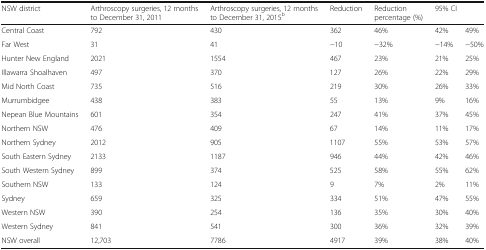
| NSW district | Arthroscopy surgeries, 12 months to December 31, 2011 | Arthroscopy surgeries, 12 months to December 31, 2015b | Reduction | Reduction percentage (%) | <COLSPAN=2> 95% CI |
 | --- | --- | --- | --- | --- | --- | --- |
 | Central Coast | 792 | 430 | 362 | 46% | 42% | 49% |
 | Far West | 31 | 41 | −10 | −32% | −14% | −50% |
 | Hunter New England | 2021 | 1554 | 467 | 23% | 21% | 25% |
 | Illawarra Shoalhaven | 497 | 370 | 127 | 26% | 22% | 29% |
 | Mid North Coast | 735 | 516 | 219 | 30% | 26% | 33% |
 | Murrumbidgee | 438 | 383 | 55 | 13% | 9% | 16% |
 | Nepean Blue Mountains | 601 | 354 | 247 | 41% | 37% | 45% |
 | Northern NSW | 476 | 409 | 67 | 14% | 11% | 17% |
 | Northern Sydney | 2012 | 905 | 1107 | 55% | 53% | 57% |
 | South Eastern Sydney | 2133 | 1187 | 946 | 44% | 42% | 46% |
 | South Western Sydney | 899 | 374 | 525 | 58% | 55% | 62% |
 | Southern NSW | 133 | 124 | 9 | 7% | 2% | 11% |
 | Sydney | 659 | 325 | 334 | 51% | 47% | 55% |
 | Western NSW | 390 | 254 | 136 | 35% | 30% | 40% |
 | Western Sydney | 841 | 541 | 300 | 36% | 32% | 39% |
 | NSW overall | 12,703 | 7786 | 4917 | 39% | 38% | 40% |